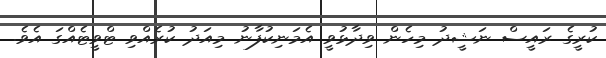
ކުރީގެ ރައީސް ނަޝީދު މިހެން ވިދާޅުވީ އެމަނިކުފާނު މިއަދު ކުރެއްވި ޓްވީޓެއްގަ އެވެ.